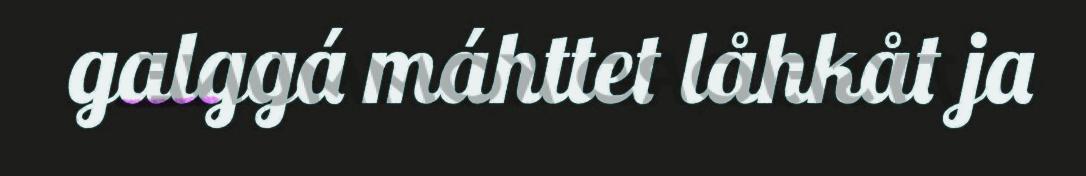
galggá máhttet låhkåt ja